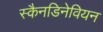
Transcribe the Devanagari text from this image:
स्कैनडिनेवियन